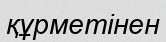
құрметінен